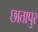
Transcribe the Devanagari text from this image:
छातापुर